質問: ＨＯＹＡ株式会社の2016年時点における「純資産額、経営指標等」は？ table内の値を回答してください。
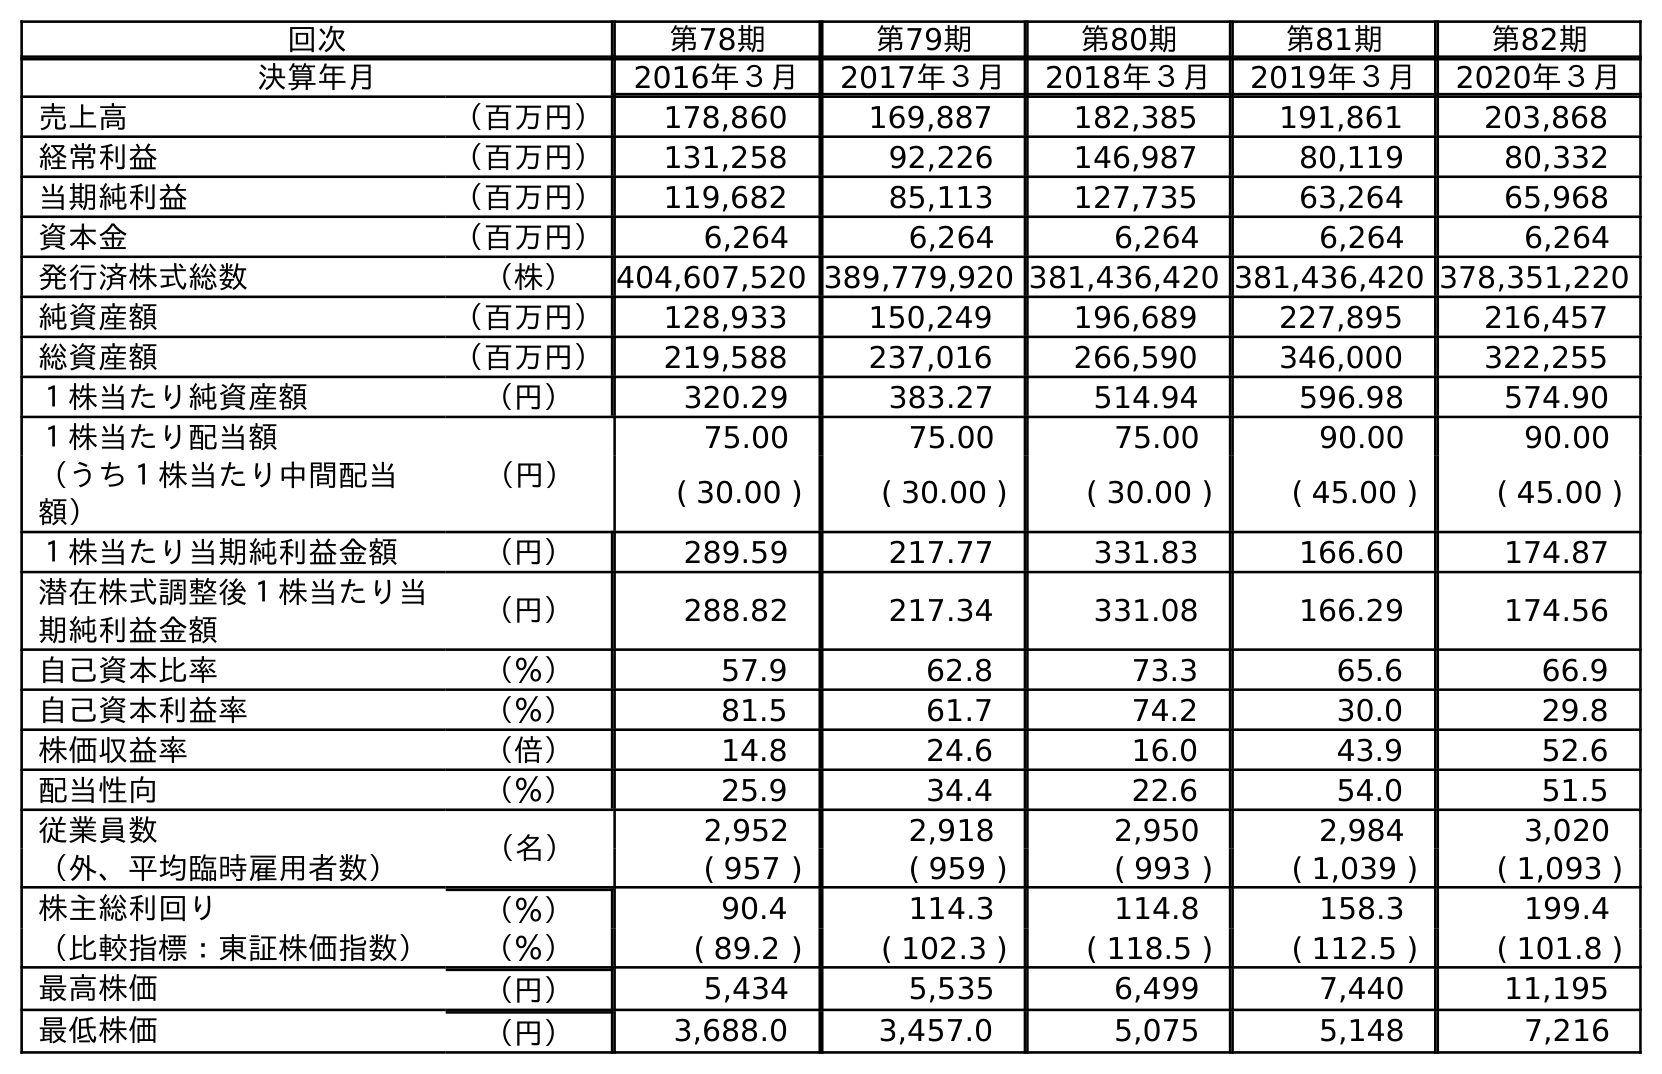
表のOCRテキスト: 回次 第78期 第79期 第80期 第81期 第82期 決算年月 2016年３月 2017年３月 2018年３月 2019年３月 2020年３月 売上高 （百万円） 178,860 169,887 182,385 191,861 203,868 経常利益 （百万円） 131,258 92,226 146,987 80,119 80,332 当期純利益 （百万円） 119,682 85,113 127,735 63,264 65,968 資本金 （百万円） 6,264 6,264 6,264 6,264 6,264 発行済株式総数 （株） 404,607,520 389,779,920 381,436,420 381,436,420 378,351,220 純資産額 （百万円） 128,933 150,249 196,689 227,895 216,457 総資産額 （百万円） 219,588 237,016 266,590 346,000 322,255 １株当たり純資産額 （円） 320.29 383.27 514.94 596.98 574.90 １株当たり配当額 （円） 75.00 75.00 75.00 90.00 90.00 （うち１株当たり中間配当 額） ( 30.00 ) ( 30.00 ) ( 30.00 ) ( 45.00 ) ( 45.00 ) １株当たり当期純利益金額 （円） 289.59 217.77 331.83 166.60 174.87 潜在株式調整後１株当たり当 期純利益金額 （円） 288.82 217.34 331.08 166.29 174.56 自己資本比率 （％） 57.9 62.8 73.3 65.6 66.9 自己資本利益率 （％） 81.5 61.7 74.2 30.0 29.8 株価収益率 （倍） 14.8 24.6 16.0 43.9 52.6 配当性向 （％） 25.9 34.4 22.6 54.0 51.5 従業員数 （名） 2,952 2,918 2,950 2,984 3,020 （外、平均臨時雇用者数） ( 957 ) ( 959 ) ( 993 ) ( 1,039 ) ( 1,093 ) 株主総利回り （％） 90.4 114.3 114.8 158.3 199.4 （比較指標：東証株価指数） （％） ( 89.2 ) ( 102.3 ) ( 118.5 ) ( 112.5 ) ( 101.8 ) 最高株価 （円） 5,434 5,535 6,499 7,440 11,195 最低株価 （円） 3,688.0 3,457.0 5,075 5,148 7,216
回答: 128,933